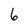
Character: 6